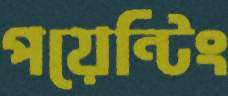
পয়েন্টিং